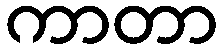
ကာတာ